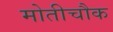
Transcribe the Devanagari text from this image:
मोतीचौक